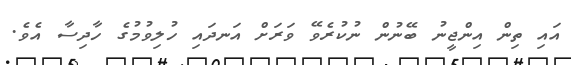
އައި ތިން އިންޖީނު ބޭނުން ނުކުރެވޭ ވަރަށް އަނދައި ހުލިވުމުގެ ހާދިސާ އެވެ.